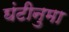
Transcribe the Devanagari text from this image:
घंटीनुमा